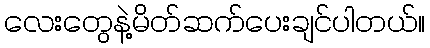
လေးတွေနဲ့မိတ်ဆက်ပေးချင်ပါတယ်။